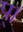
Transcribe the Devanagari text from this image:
प्।